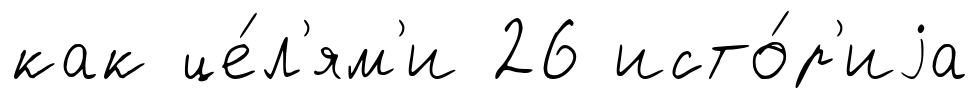
как це́л'ям'и 26 исто́р'иjа